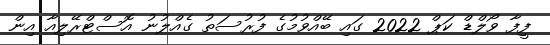
ފީފާ ވޯލްޑް ކަޕް 2022 ގައި ބޭއްވުމުގެ ފުރުސަތު ގެއްލުނު އޮސްޓްރޭލިއާ އިން